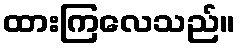
ထားကြလေသည်။